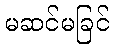
မဆင်မခြင်